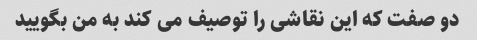
دو صفت که این نقاشی را توصیف می کند به من بگویید